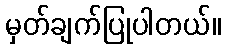
မှတ်ချက်ပြုပါတယ်။